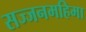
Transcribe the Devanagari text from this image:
सज्जनमहिमा